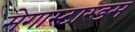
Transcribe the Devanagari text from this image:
मेगास्टारडम